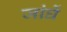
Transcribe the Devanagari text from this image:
जांघें